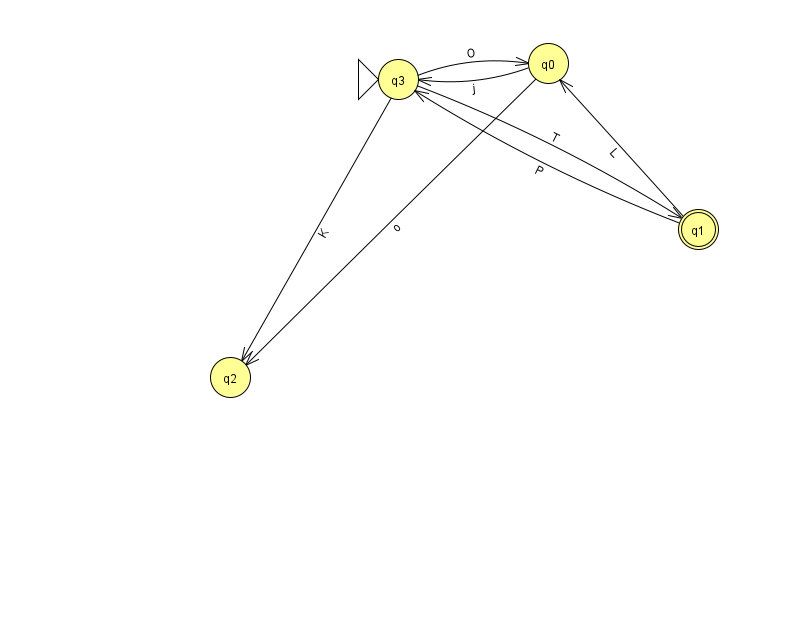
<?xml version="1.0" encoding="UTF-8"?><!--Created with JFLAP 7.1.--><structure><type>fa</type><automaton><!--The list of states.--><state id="0" name="q0"><x>548.0</x><y>50.0</y></state><state id="1" name="q1"><x>698.0</x><y>216.0</y><final/></state><state id="2" name="q2"><x>230.0</x><y>364.0</y></state><state id="3" name="q3"><x>398.0</x><y>66.0</y><initial/></state><!--The list of transitions.--><transition><from>0</from><to>2</to><read>o</read></transition><transition><from>3</from><to>0</to><read>O</read></transition><transition><from>0</from><to>3</to><read>j</read></transition><transition><from>3</from><to>2</to><read>K</read></transition><transition><from>1</from><to>3</to><read>P</read></transition><transition><from>1</from><to>0</to><read>L</read></transition><transition><from>3</from><to>1</to><read>T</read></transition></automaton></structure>